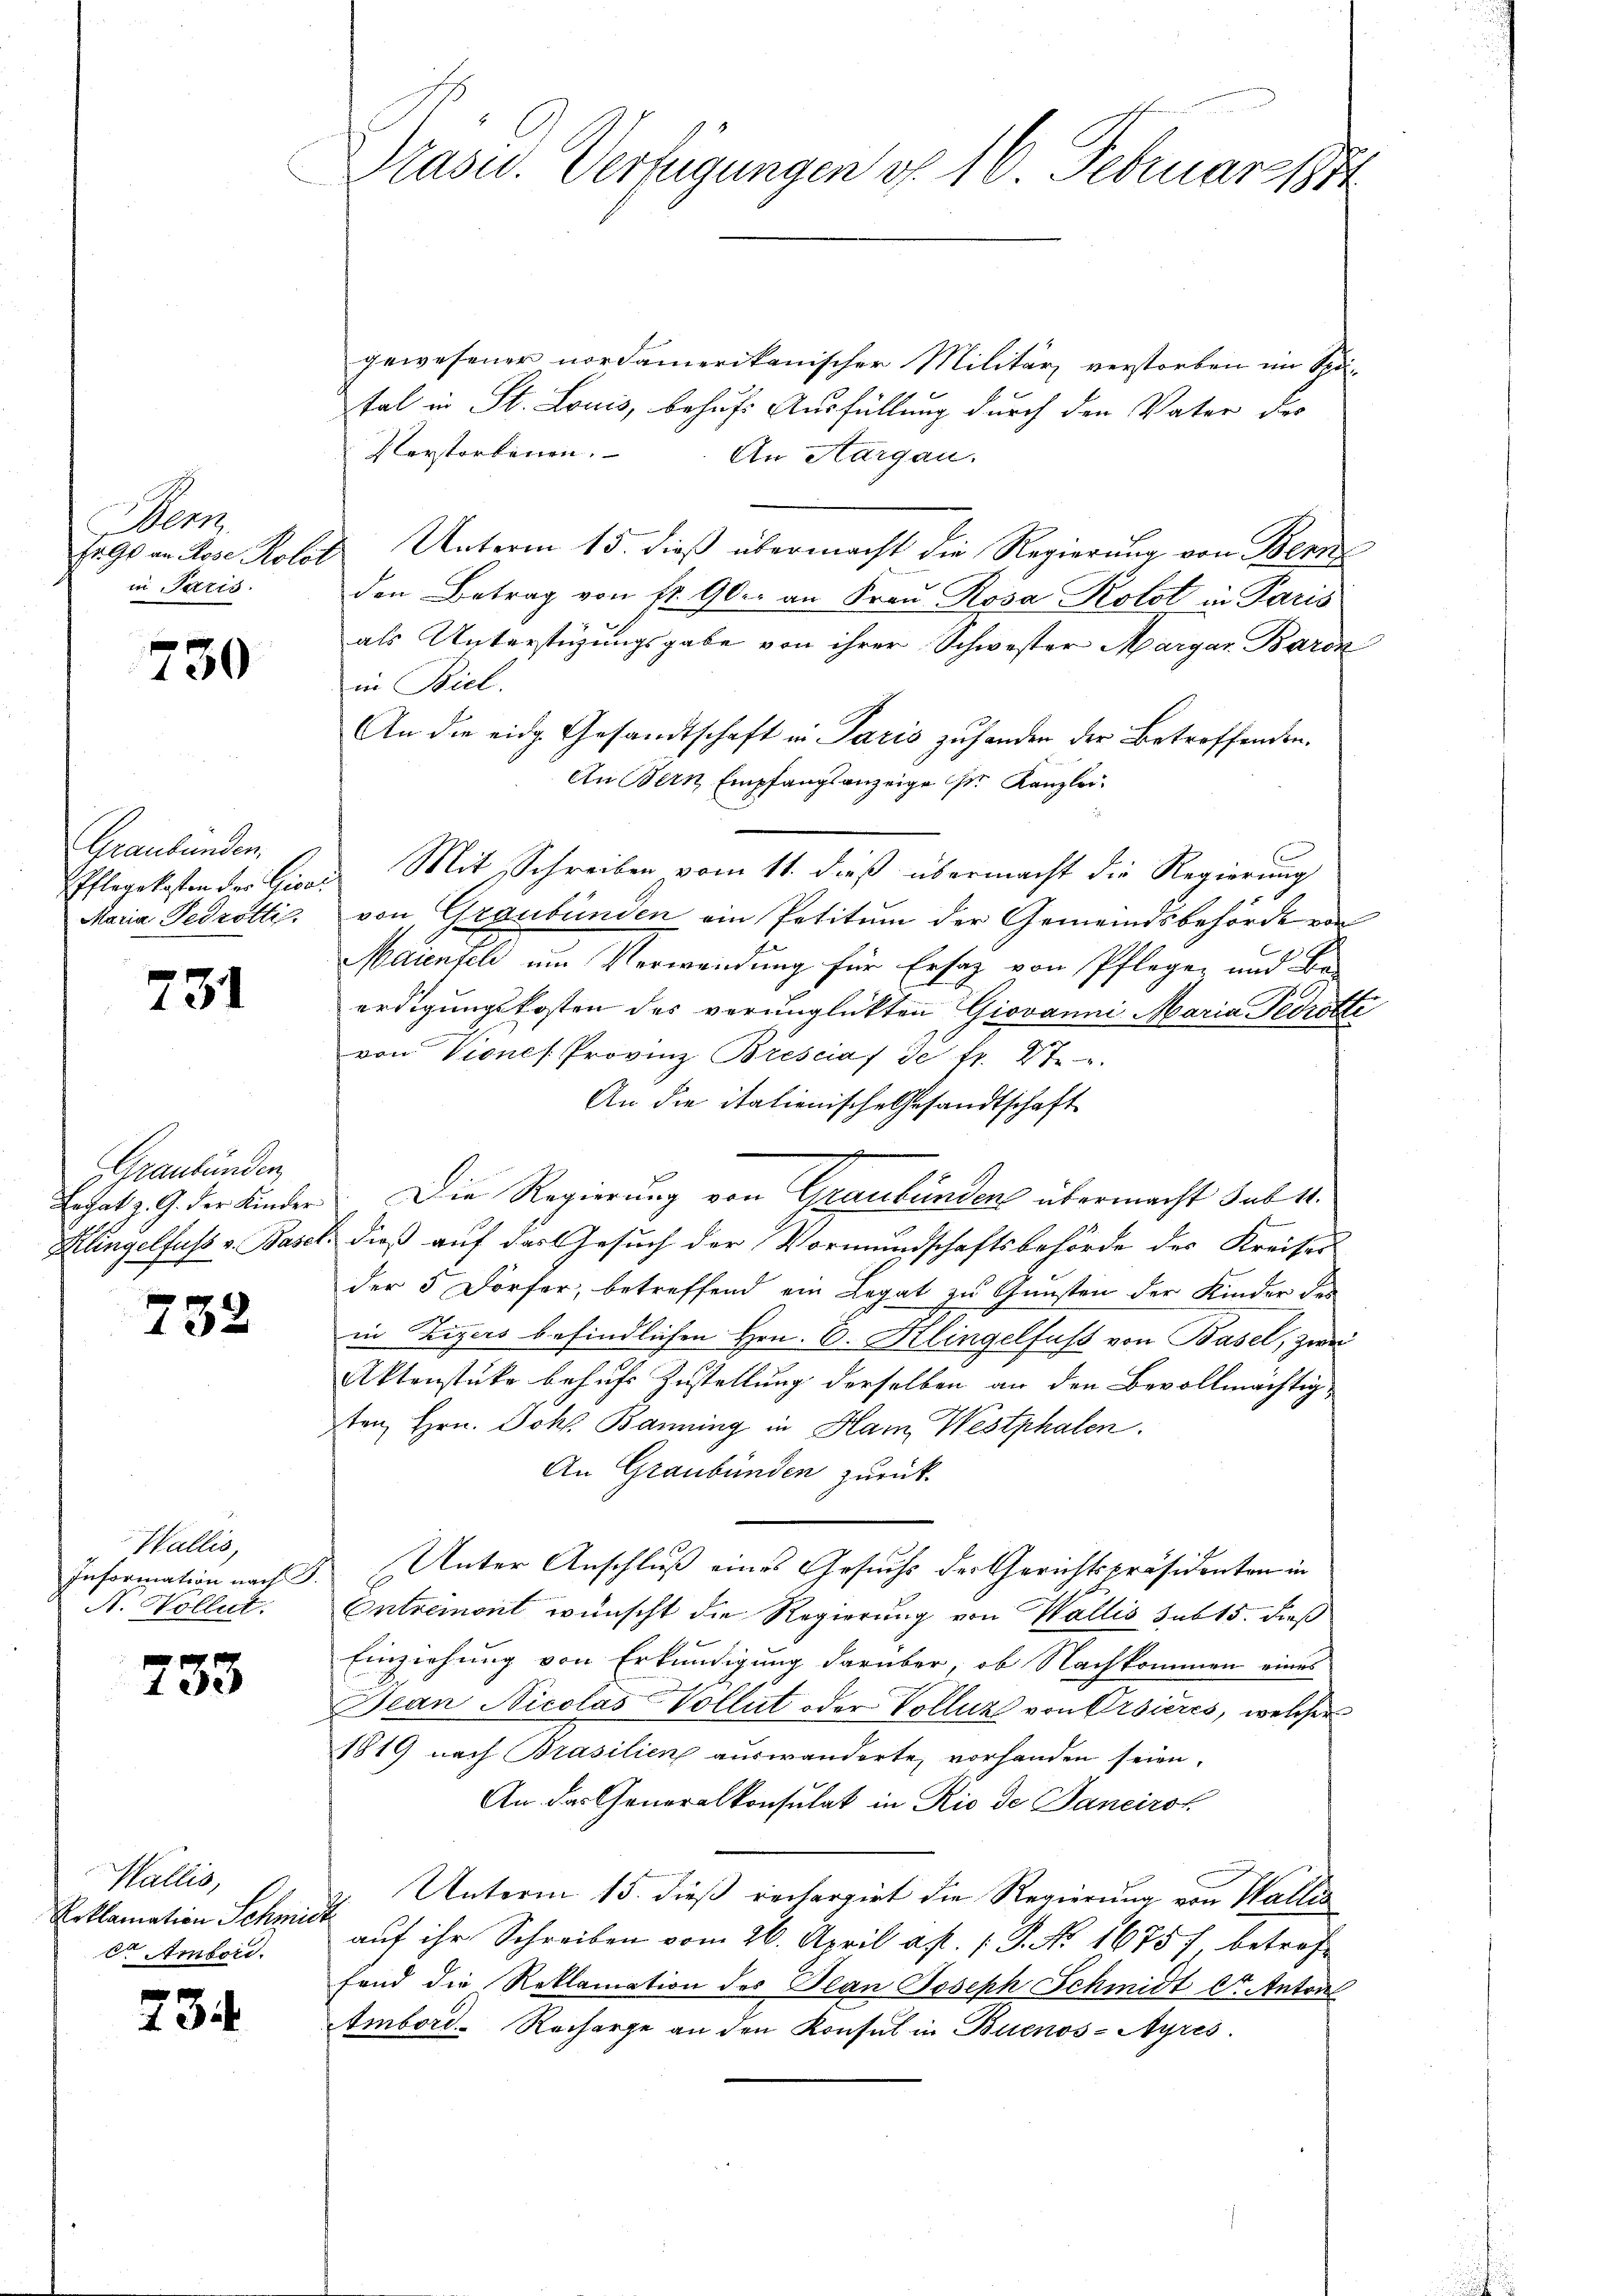
en
in Paris.

730

Graubünden.

731

Graubünden,

732

Wallis,
Information nach J.
A. Vollet.

f
133

Wallis,
Erklamation Schmidt
der Ambord.

234

Präsid. Verfügungen d. 16. Februar 1884

gewesener nordamerikanischer Militär verstorben im Spital in St. Louis, behufs Ausfüllung durch den Vater der
Verstorbenen.
An Aargau.
Er. Grandlose Kolats Unterm 15. dieß übermacht die Regierung von Bern
den Betrag von fr. 90. an Frau Rosa Kolst in Paris
als Unterstüzungsgabe von ihrer Schwester Margar Barck
in Biel.
An die eidg. Gesandtschaft in Paris zuhanden der Betroffenden.
An Bern Empfangsanzeige Sr. Kanzlei-
C
Pflegekosten der Girad Mit Schreiben vom 11. dieß übermacht die Regierung
Maria Fedrotti, von Graubünden ein Petitum der Gemeindsbehörde ein
Maienfel um Verwendung für Ersatz von Pflegen und Be-
erdigungskosten des verunglückten Giovanni Maria Pedrotte
von Viones Provinz Bresciat de fr. 27.
An die italienische Gesandtschaft
Er hat z. G. der Kinder. Die Regierung von Graubünden übermacht sub 11.
Klingelfuss v. Basel, dieß auf das Gesuch der Vormundschaftsbehörde des Kreises
der 5 Dörfer, betreffend ein Legat zu Gunsten der Kinder des
in Zigers befindlichen Hrn. C. Klingelfuss von Basel, zwei
Aktenstuko behufs Zustellung derselben an den Bevollmächtigten Hrn. Joh. Banning in Ham Westphalen.
An Graubünden zurück
Unter Anschluß eines Gesuchs der Gerichtspräsidenten in
Entremont wünscht die Regierung von Wallis sub 15. dieß
Einziehung von Erkundigung darüber, ob Nachkommen eines
Jean Nicolas Vollat oder Volluz von Orsières, welcher
1819 nach Brasilien auswanderte, vorhanden seien.
An das Generalkonsulat in Rio de Janeiroh
Unterm 15. dieß rechargirt die Regierung von Wallis
auf ihr Schreiben vom 26. April a p. 18. No. 16757 betreffond die Reklamation des Jean Joseph Schmidt lt. Anton
Ambord- Recharge an den Konsul in Buenos-Ayres.